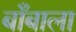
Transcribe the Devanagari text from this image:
बाँबाला